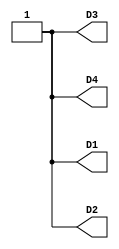
module main (output  D1, output  D2, output  D3, output  D4);
assign D1 = 1'b1;
assign D2 = 1'b1;
assign D3 = 1'b1;
assign D4 = 1'b1;
endmodule